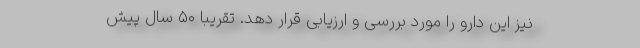
نیز این دارو را مورد بررسی و ارزیابی قرار دهد. تقریباً ۵۰ سال پیش